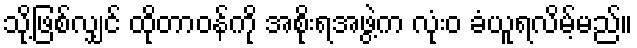
သို့ဖြစ်လျှင် ထိုတာဝန်ကို အစိုးရအဖွဲ့က လုံးဝ ခံယူရလိမ့်မည်။